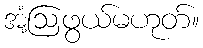
အံ့ဩဖွယ်မဟုတ်။